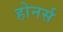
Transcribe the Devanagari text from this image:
होनर्स